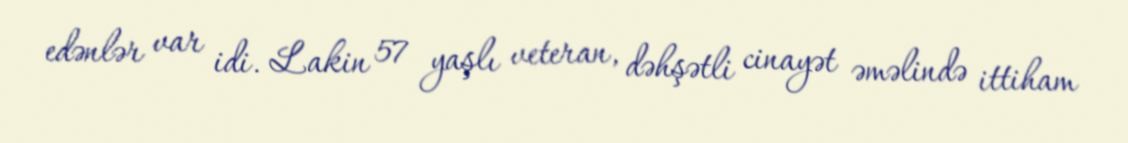
edənlər var idi. Lakin 57 yaşlı veteran, dəhşətli cinayət əməlində ittiham